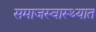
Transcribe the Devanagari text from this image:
समाजस्वास्थ्यात